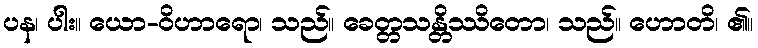
ပန၊ ပါး။ ယော-ဝိဟာရော၊ သည်။ ခေတ္တသန္တိဿိတော၊ သည်။ ဟောတိ၊ ၏။